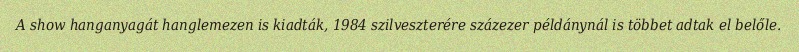
A show hanganyagát hanglemezen is kiadták, 1984 szilveszterére százezer példánynál is többet adtak el belőle.